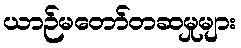
ယာဉ်မတော်တဆမှုများ